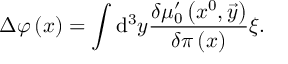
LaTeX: \Delta \varphi \left( x \right) = \int \mathrm { d } ^ { 3 } y \frac { \delta \mu _ { 0 } ^ { \prime } \left( x ^ { 0 } , \vec { y } \right) } { \delta \pi \left( x \right) } \xi .